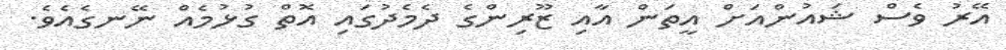
އޭރު ވެސް ޝައުންއަށް އީތަން އާއި ޒޫރިންގެ ދެމެދުގައި އޮތް ގުޅުމެއް ނޭނގެއެވެ.